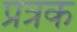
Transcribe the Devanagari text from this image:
प्रत्रक